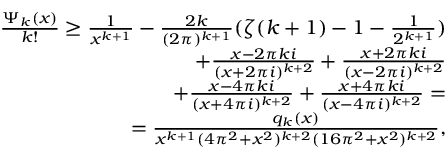
\begin{array} { r } { \frac { \Psi _ { k } ( x ) } { k ! } \ge \frac { 1 } { x ^ { k + 1 } } - \frac { 2 k } { ( 2 \pi ) ^ { k + 1 } } ( \zeta ( k + 1 ) - 1 - \frac { 1 } { 2 ^ { k + 1 } } ) } \\ { + \frac { x - 2 \pi k i } { ( x + 2 \pi i ) ^ { k + 2 } } + \frac { x + 2 \pi k i } { ( x - 2 \pi i ) ^ { k + 2 } } } \\ { + \frac { x - 4 \pi k i } { ( x + 4 \pi i ) ^ { k + 2 } } + \frac { x + 4 \pi k i } { ( x - 4 \pi i ) ^ { k + 2 } } = } \\ { = \frac { q _ { k } ( x ) } { x ^ { k + 1 } ( 4 \pi ^ { 2 } + x ^ { 2 } ) ^ { k + 2 } ( 1 6 \pi ^ { 2 } + x ^ { 2 } ) ^ { k + 2 } } , } \end{array}